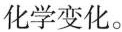
化学变化。